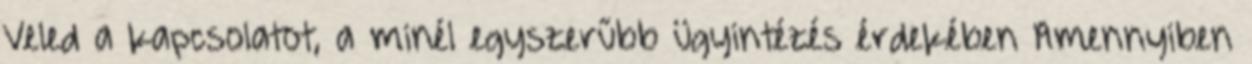
Veled a kapcsolatot, a minél egyszerűbb ügyintézés érdekében Amennyiben